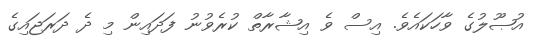
އުޞޫލުގެ ވާހަކައެވެ. އިސް ވެ އިޝާރާތް ކުރެވުނު ފަދައިން މި ދެ ދަރަޖައިގެ